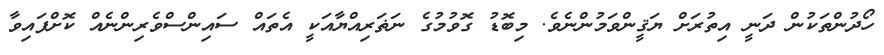
ހޯދުންތަކުން ދަނީ އިތުރަށް ޔަޤީންވަމުންނެވެ. މިބޮޑު ގޮވުމުގެ ނަޡަރިއްޔާއަކީ އެތައް ސައިންސްވެރިންނެއް ކޮށްފައިވާ